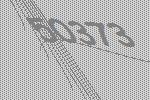
50373